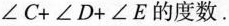
$$ ∠C + ∠D + ∠E $$的度数。